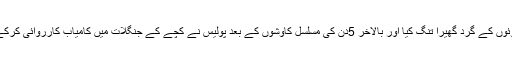
اس دوران خفیہ اطلاعات بھی موصول ہوئی ہیں، جن پر پولیس نے ڈاکوئوں کے گرد گھیرا تنگ کیا اور بالآخر 5دن کی مسلسل کاوشوں کے بعد پولیس نے کچے کے جنگلات میں کامیاب کارروائی کرکے دونوں مغویوں زوہیب اور فردوس پٹھان کو بہ حفاظت بازیاب کرالیا۔